Riigikantselei, lk 16
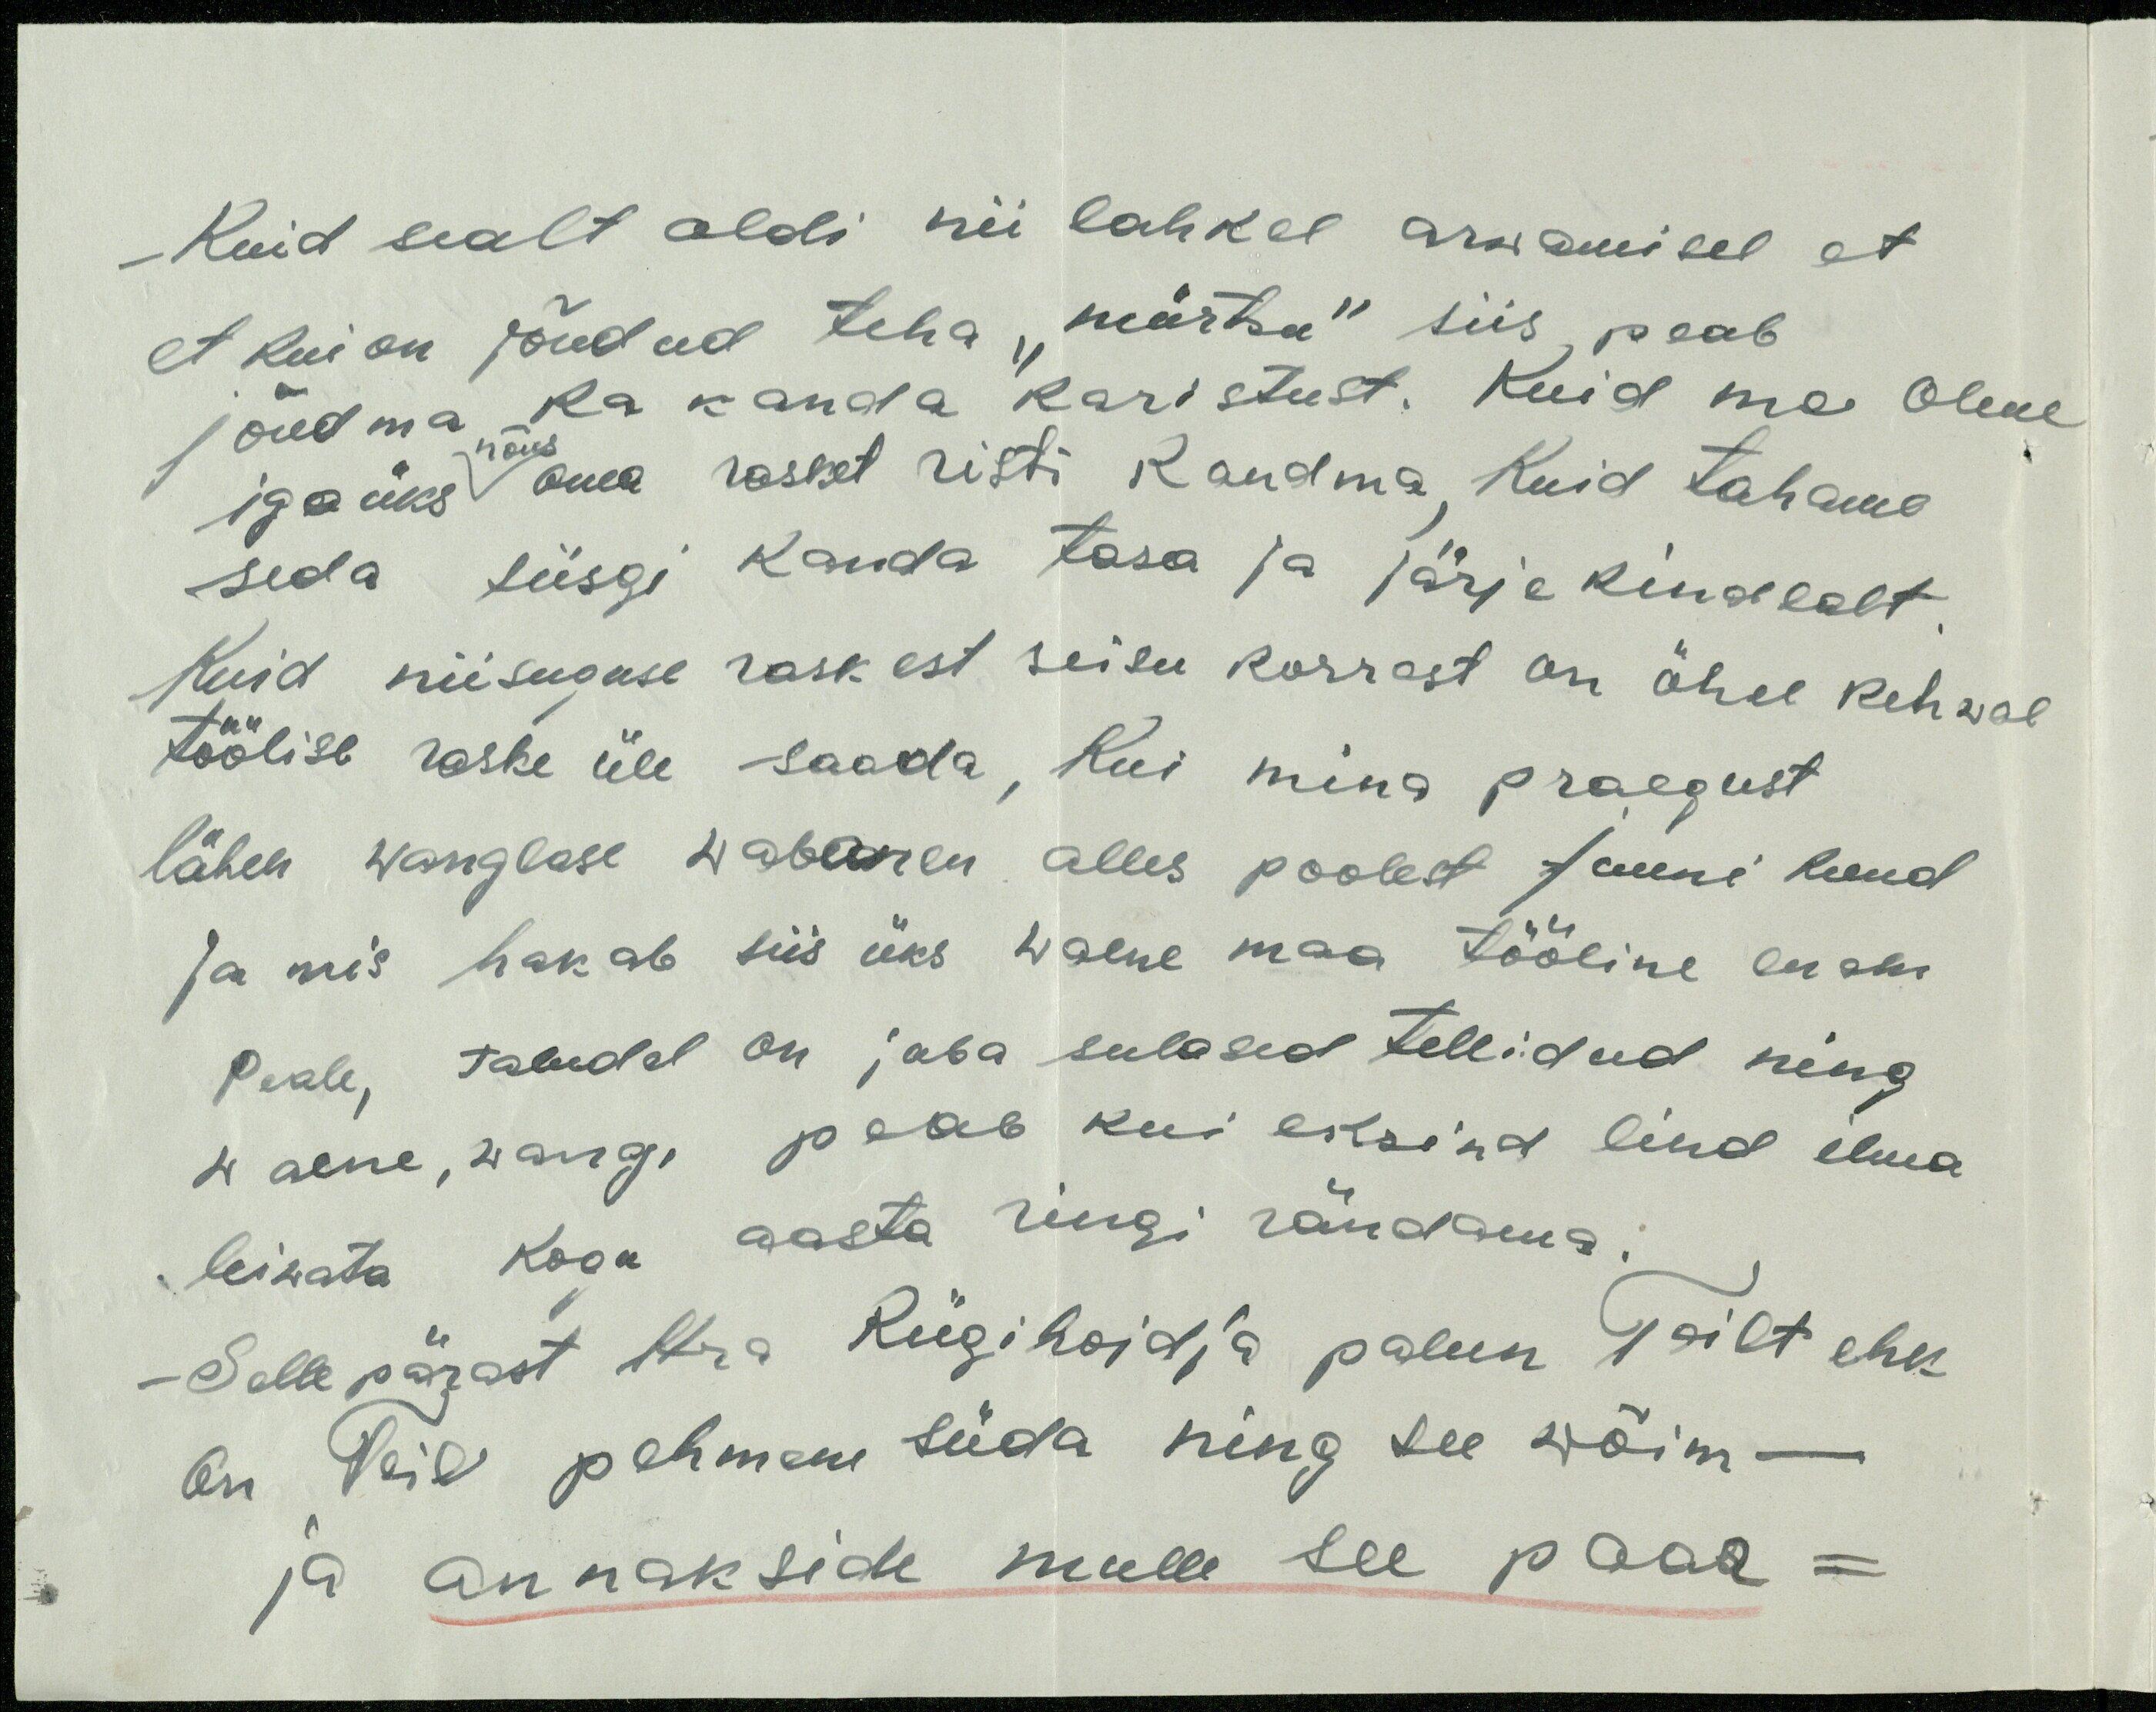
Kuid sealt oldi nii lahkel arwamisel et
et kui on jõudud teha "mürtsu" siis, peab
jõudma ka kanda karistust. Kuid me oleme
igaüks oma rasket risti kandma, Kuid tahame
nõus
seda siisgi kanda tasa ja järjekindlalt
Kuid niisuguse raskest seisu korrast on öhel kehwal
töölise raske üle saada, kui mina praegust
lähen wanglase wabanen alles poolest Juuni kuud
Ja mis hakab siis üks waene maa tööline enam
peale, taludel on juba sulased tellidud ning
waene, wang, peab kui eksind lind ilma
leiwata kogu aasta ringi rändama.
Sellepärast Hra Riigihoidja palun Teilt ehk
on Teil pehmem süda ning see wõim.
ja annakside mulle see paar-